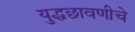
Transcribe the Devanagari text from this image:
युद्धछावणीचे